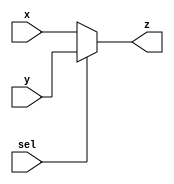
module multiplixer(x,y,z,sel);
parameter N = 19 ;
input [ N-1 : 0 ] x,y ;
input sel ;
output [ N-1 : 0 ] z ;

assign z = sel ? y : x ;

endmodule